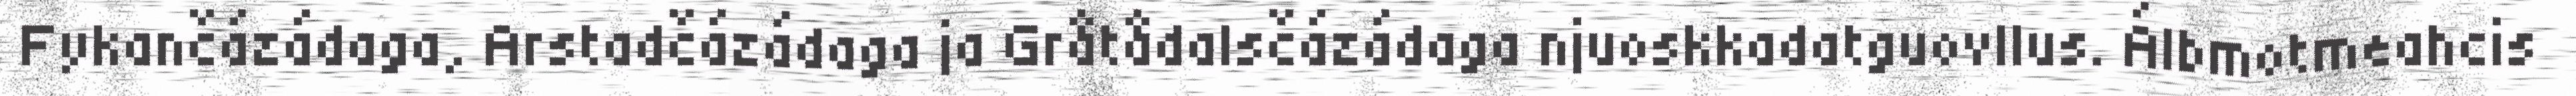
Fykančázádaga, Arstadčázádaga ja Gråtådalsčázádaga njuoskkadatguovllus. Álbmotmeahcis